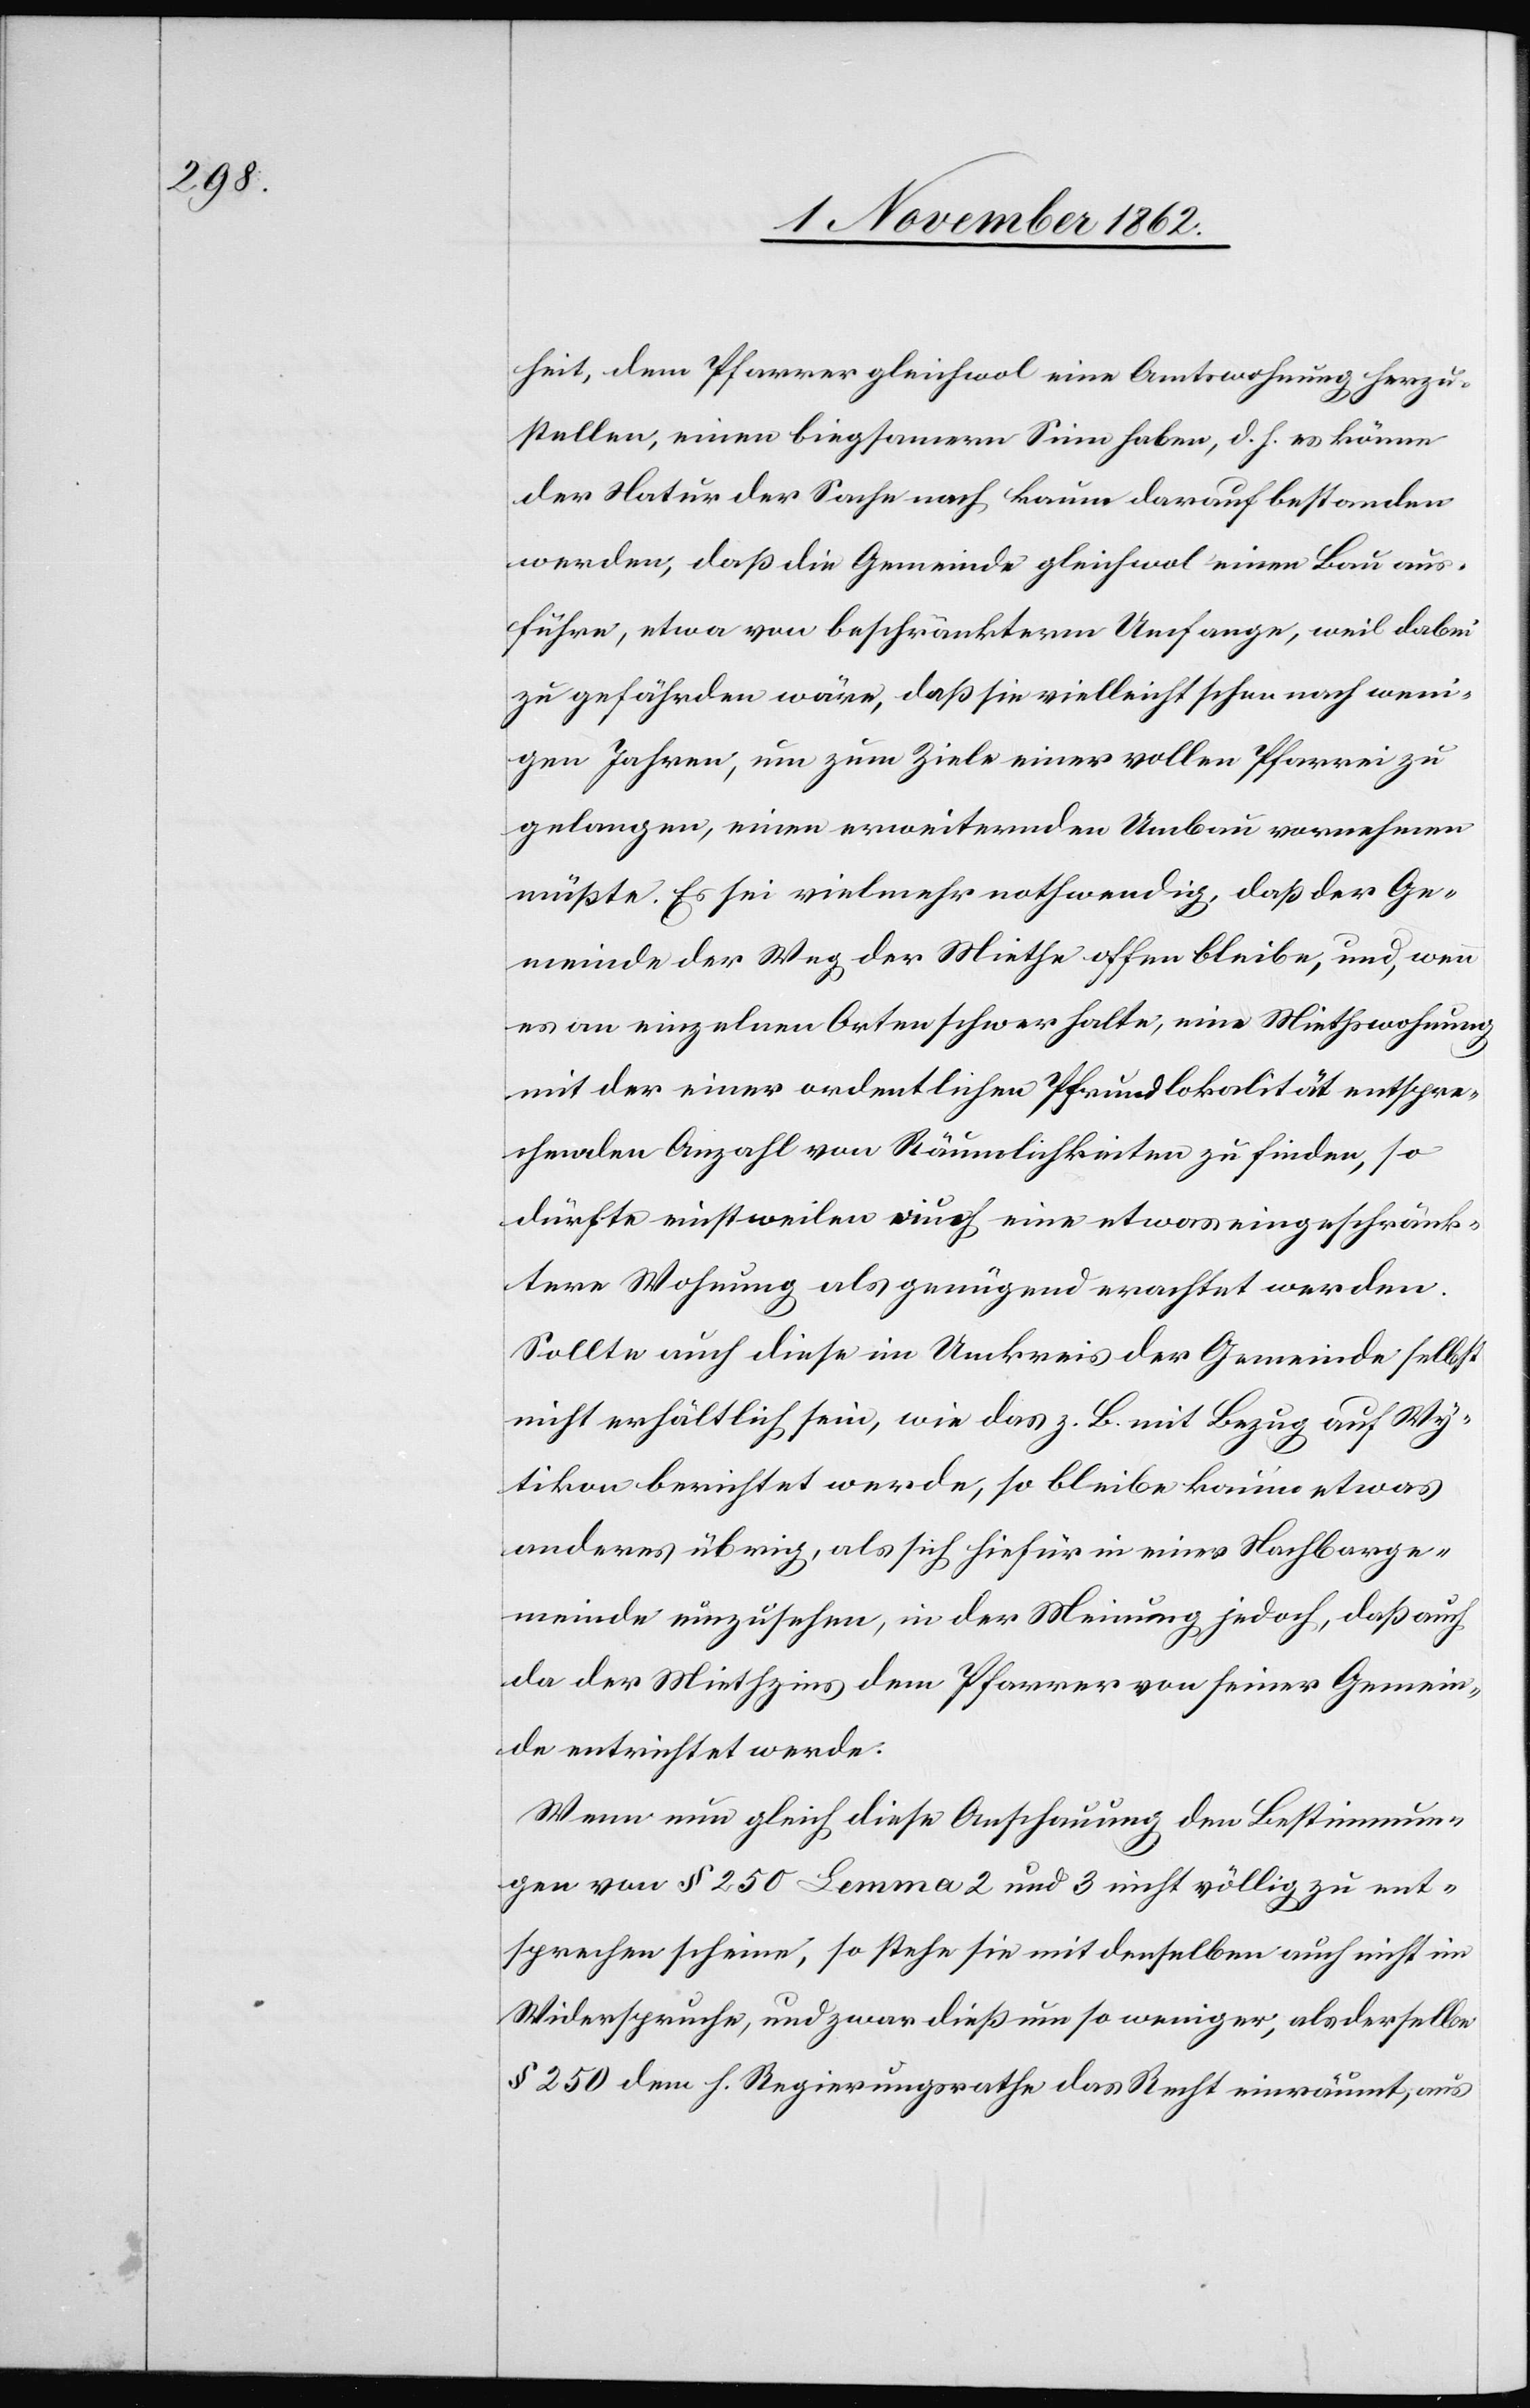
heit, dem Pfarrer gleichwol eine Amtswohnung herzu¬
stellen, einen biegsamern Sinn haben, d. h. es könne
der Natur der Sache nach kaum darauf bestanden
werden, daß die Gemeinde gleichwol einen Bau aus¬
führe, etwa von beschränkterm Umfange, weil dabei
zu gefährden wäre, daß sie vielleicht schon nach weni¬
gen Jahren, um zum Ziele einer vollen Pfarrei zu
gelangen, einen erweiternden Umbau vornehmen
müßte. Es sei vielmehr nothwendig, daß der Ge¬
meinde der Weg der Miethe offen bleibe, und, wenn
es an einzelnen Orten schwer halte, eine Miethswohnung
mit der einer ordentlichen Pfrundlokalität entspre¬
chenden Anzahl von Räumlichkeiten zu finden, so
dürfte einstweilen auch eine etwas eingeschränk¬
tere Wohnung als genügend erachtet werden.
Sollte auch diese im Umkreis der Gemeinde selbst
nicht erhältlich sein, wie das z. B. mit Bezug auf Wy¬
tikon berichtet werde, so bleibe kaum etwas
anderes übrig, als sich hiefür in einer Nachbarge¬
meinde umzusehen, in der Meinung jedoch, daß auch
da der Miethzins dem Pfarrer von seiner Gemein¬
de entrichtet werde.
Wenn nun gleich diese Anschauung den Bestimmun¬
gen von § 250 Lemma 2 und 3 nicht völlig zu ent¬
sprechen scheine, so stehe sie mit denselben auch nicht im
Widerspruche, und zwar dieß um so weniger, als derselbe
§ 250 dem h. Regierungsrathe das Recht einräumt, aus